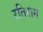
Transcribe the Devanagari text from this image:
रतिराग